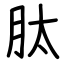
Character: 肽